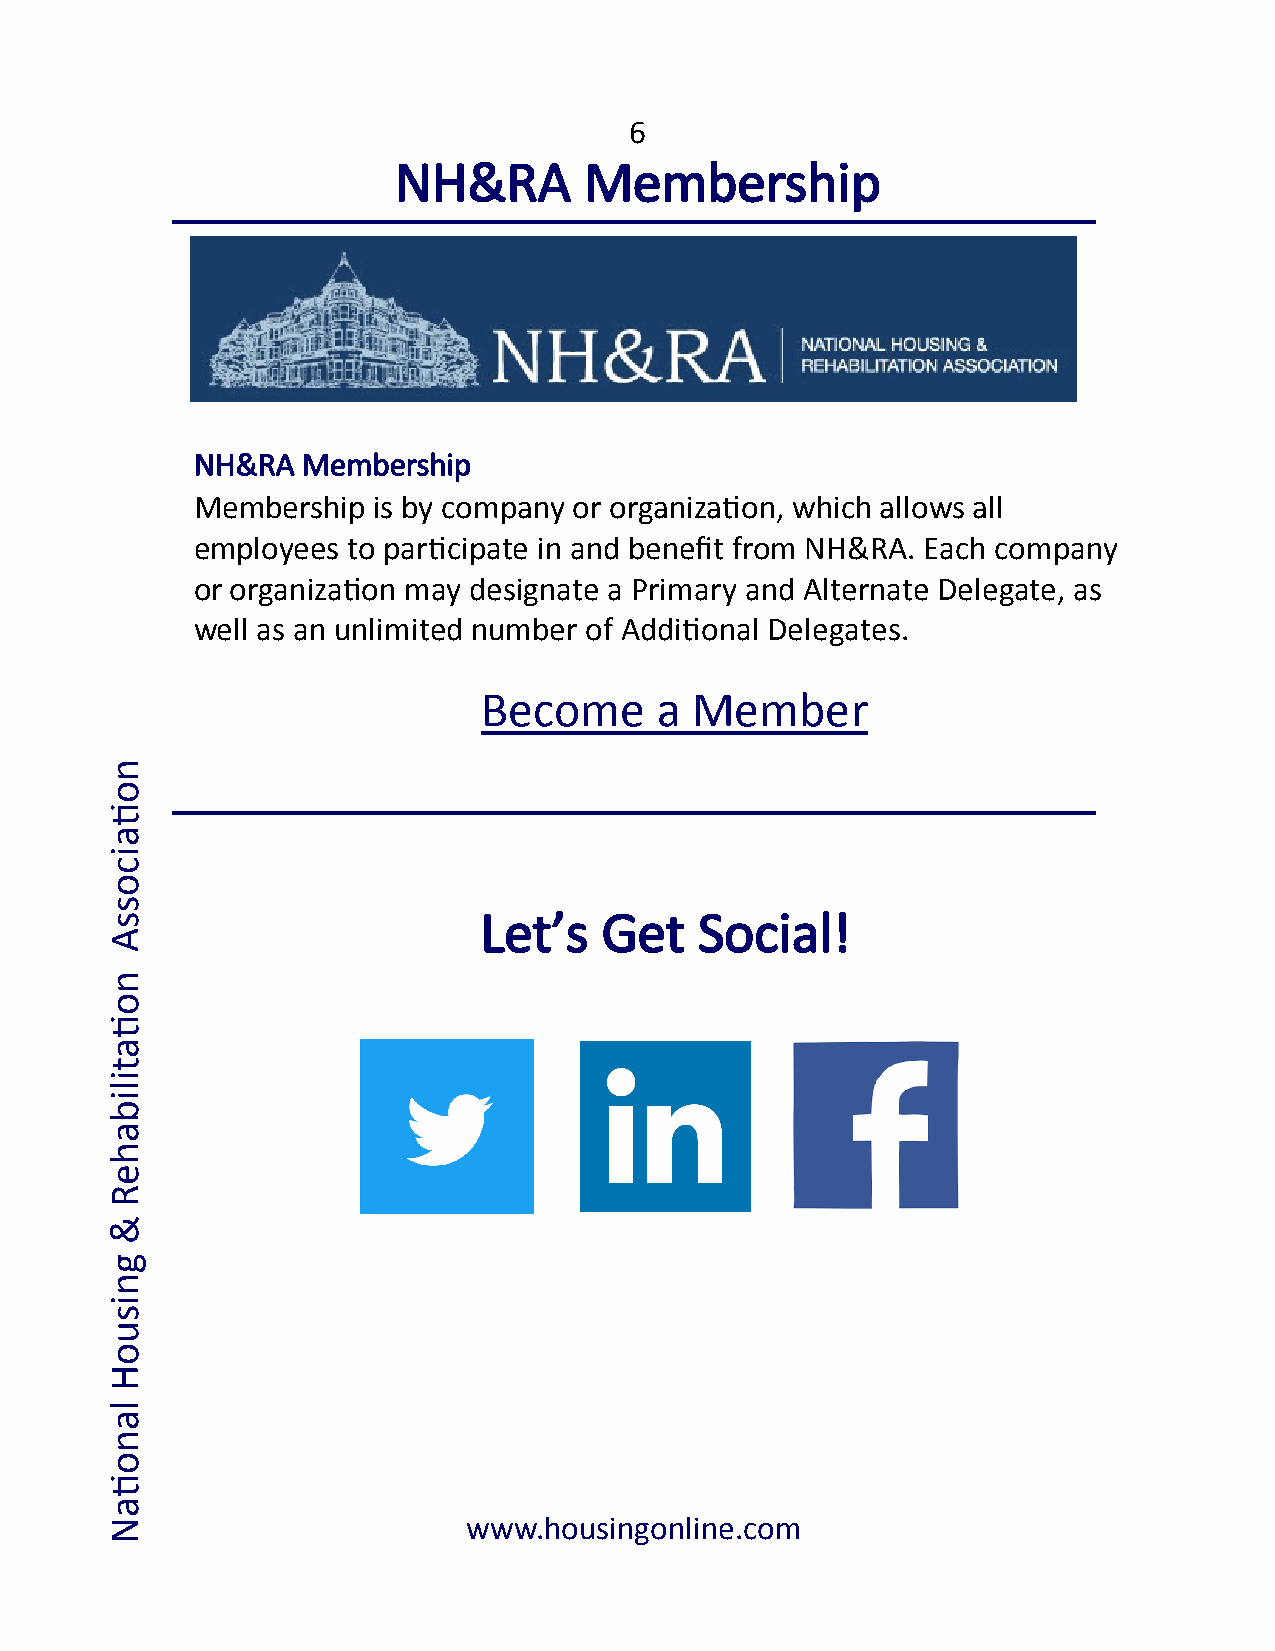
6
 NH&RA        Membership
 NH&RA  Membership
 Membership  is by company or organization, which allows all
 employees to participate in and benefit from NH&RA. Each company
 or organization may designate a Primary and Alternate Delegate, as
 well as an unlimited number of Additional Delegates.
 Become     a  Member
 n
 o
 ti
 a
 i
 c
 o
 s
 s                        Let’s   Get   Social!
 A
 n
 o
 ti
 a
 t
 i
 l
 i
 b
 a
 h
 e
 R
 &
 g
 n
 i
 s
 u
 o
 H
 l
 a
 n
 o
 ti
 a
 N                       www.housingonline.com